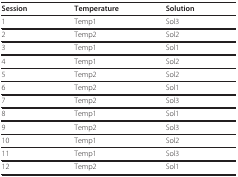
<table><thead><tr><td><b>Session</b></td><td><b>Temperature</b></td><td><b>Solution</b></td></tr></thead><tbody><tr><td>1</td><td>Temp1</td><td>Sol3</td></tr><tr><td>2</td><td>Temp2</td><td>Sol2</td></tr><tr><td>3</td><td>Temp1</td><td>Sol1</td></tr><tr><td>4</td><td>Temp1</td><td>Sol2</td></tr><tr><td>5</td><td>Temp2</td><td>Sol2</td></tr><tr><td>6</td><td>Temp2</td><td>Sol1</td></tr><tr><td>7</td><td>Temp2</td><td>Sol3</td></tr><tr><td>8</td><td>Temp1</td><td>Sol1</td></tr><tr><td>9</td><td>Temp2</td><td>Sol3</td></tr><tr><td>10</td><td>Temp1</td><td>Sol2</td></tr><tr><td>11</td><td>Temp1</td><td>Sol3</td></tr><tr><td>12</td><td>Temp2</td><td>Sol1</td></tr></tbody></table>